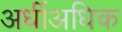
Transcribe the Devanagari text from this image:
अर्धीअधिक